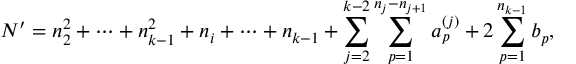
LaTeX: N ^ { \prime } = n _ { 2 } ^ { 2 } + \cdots + n _ { k - 1 } ^ { 2 } + n _ { i } + \cdots + n _ { k - 1 } + \sum _ { j = 2 } ^ { k - 2 } \sum _ { p = 1 } ^ { n _ { j } - n _ { j + 1 } } a _ { p } ^ { ( j ) } + 2 \sum _ { p = 1 } ^ { n _ { k - 1 } } b _ { p } ,